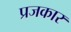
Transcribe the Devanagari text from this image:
प्रजकार